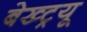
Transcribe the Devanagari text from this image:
बेख्ट्रयू